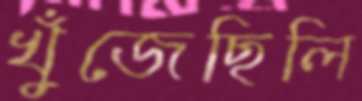
খুঁজেছিলি